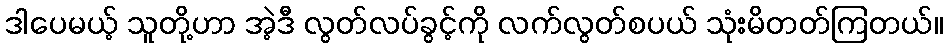
ဒါပေမယ့် သူတို့ဟာ အဲ့ဒီ လွတ်လပ်ခွင့်ကို လက်လွတ်စပယ် သုံးမိတတ်ကြတယ်။